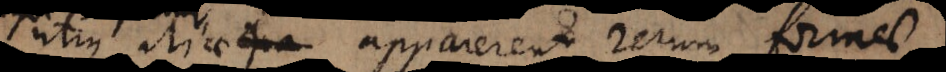
utique aliae apparerent rerum formae,